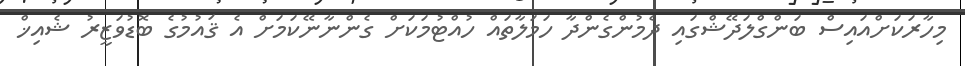
މިހާރަކަށްއައިސް ބަންގްލަދޭޝްގައި ދެމުންގެންދާ ހަމަލާތައް ހުއްޓުމަކަށް ގެންނާނޭކަމަށް އެ ޤައުމުގެ ބޮޑުވަޒީރު ޝެއިޚް